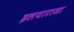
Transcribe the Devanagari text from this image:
इलयाराजा